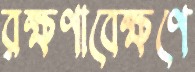
রক্ষণাবেক্ষণে